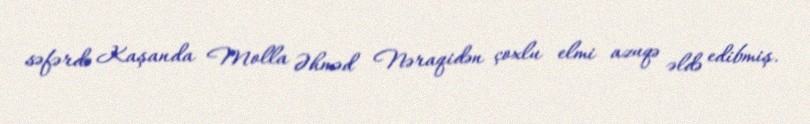
səfərdə Kaşanda Molla Əhməd Nəraqidən çoxlu elmi azuqə əldə edibmiş.